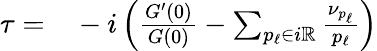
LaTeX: \begin{array}{r}{\begin{array}{rl}{\tau=}&{{}-i\left(\frac{G^{\prime}(0)}{G(0)}-\sum_{p_{\ell}\in i\mathbb{R}}\frac{\nu_{p_{\ell}}}{p_{\ell}}\right)}\end{array}}\end{array}